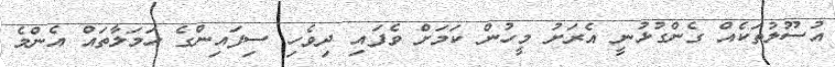
އުސޫލުތަކެއް ގެންގުޅުނީ އެރަށު މީހުން ކަމަށް ވެފައި ދިވެހި ސިފައިންގެ ހަމަލާތައް އެންމެ